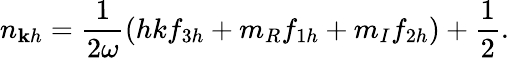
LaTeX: n_{\mathbf{k}h}=\frac{1}{2\omega}\left(h{k}f_{3h}+m_{R}f_{1h}+m_{I}f_{2h}\right)+\frac{1}{2}.